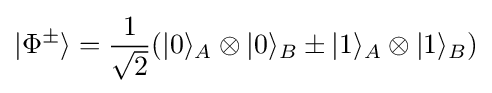
|\Phi ^{\pm }\rangle ={\frac {1}{\sqrt {2}}}(|0\rangle _{A}\otimes |0\rangle _{B}\pm |1\rangle _{A}\otimes |1\rangle _{B})